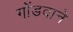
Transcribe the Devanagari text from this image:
गोंडवाने